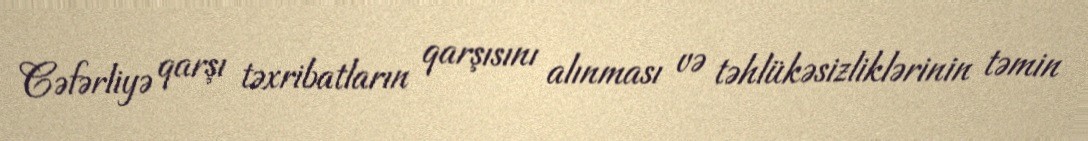
Cəfərliyə qarşı təxribatların qarşısını alınması və təhlükəsizliklərinin təmin